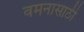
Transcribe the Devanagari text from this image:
वमनासाठी